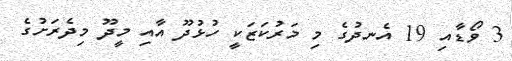
3 ވޯޑާއި 19 އެނދުގެ މި މަރުކަޒަކީ ހުޅުދޫ އާއި މީދޫ މިދެރަށުގެ